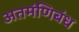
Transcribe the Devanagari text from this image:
अतमंणिबंध